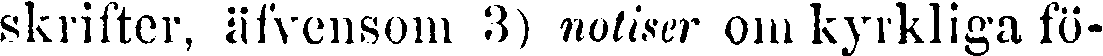
skrifter, äfvensom 3) notiser om kyrkliga fö-